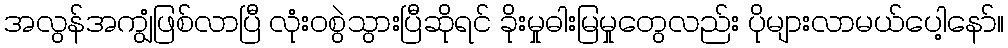
အလွန်အကျွံဖြစ်လာပြီ လုံးဝစွဲသွားပြီဆိုရင် ခိုးမှုဓါးမြမှုတွေလည်း ပိုများလာမယ်ပေါ့နော်။